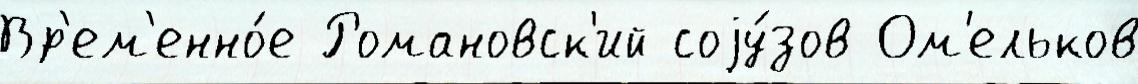
Вр'ем'енно́е Романовск'ий соjу́зов Ом'ельков